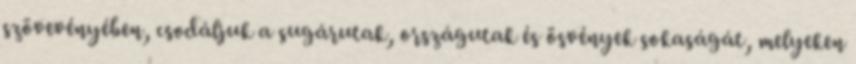
szövevényében, csodáljuk a sugárutak, országutak és ösvények sokaságát, melyeken